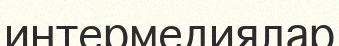
интермедиялар